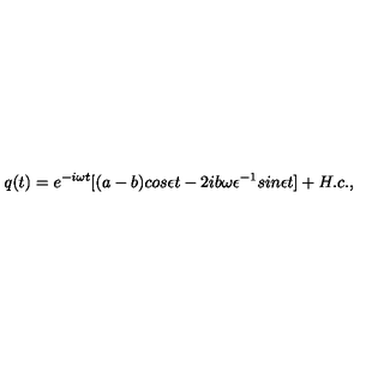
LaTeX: q ( t ) = e ^ { - i \omega t } [ ( a - b ) c o s \epsilon t - 2 i b \omega \epsilon ^ { - 1 } s i n \epsilon t ] + H . c . ,